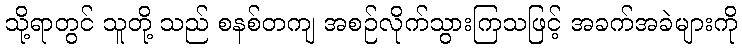
သို့ရာတွင် သူတို့ သည် စနစ်တကျ အစဉ်လိုက်သွားကြသဖြင့် အခက်အခဲများကို